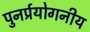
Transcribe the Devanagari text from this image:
पुनर्प्रयोगनीय